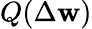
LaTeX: Q(\Delta\mathbf{w})